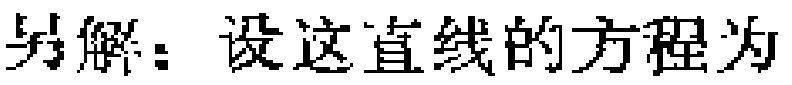
另解：设这直线的方程为